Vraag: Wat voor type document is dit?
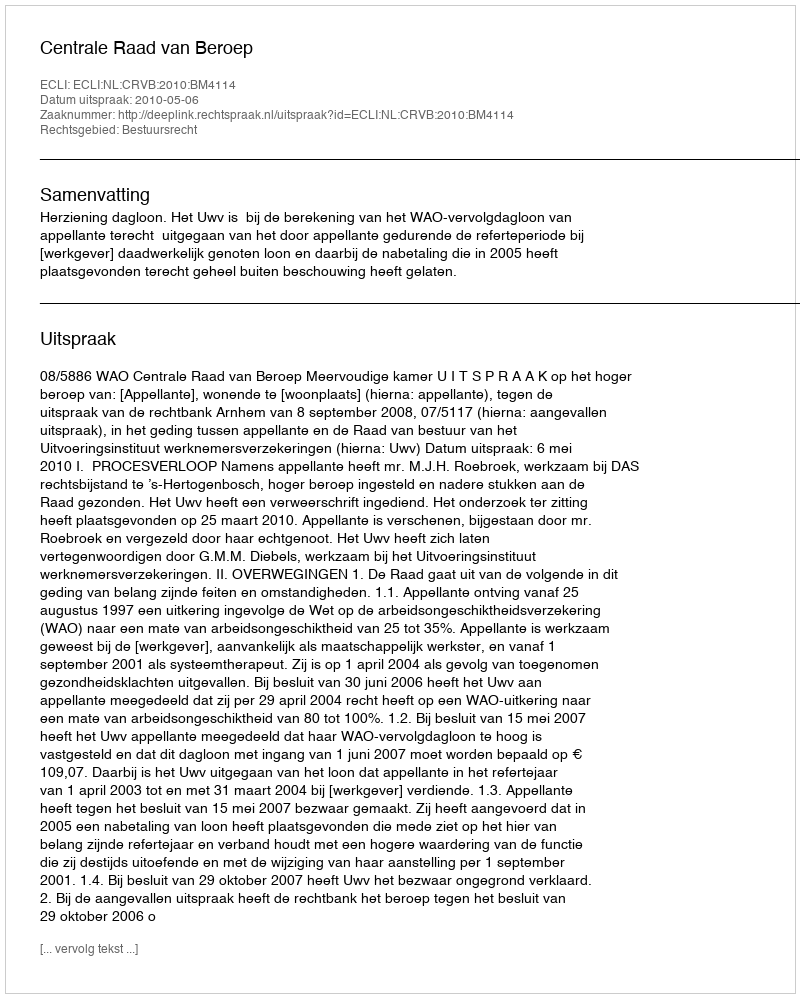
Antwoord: Uitspraak